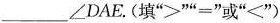
___\angle DAE。(填”>””=”或”<”)